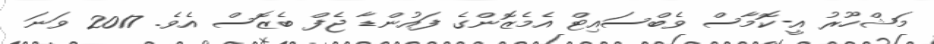
މަޝްހޫރު އީ-ކޮމާސް ވެބްސައިޓް އެމެޒޮންގެ ފައުންޑާ ޖެފް ބެޒޮސް އެވެ. 2017 ވަނަ